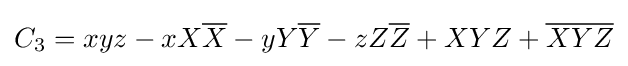
C_{3}=xyz-xX{\overline {X}}-yY{\overline {Y}}-zZ{\overline {Z}}+XYZ+{\overline {XYZ}}